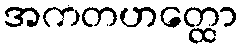
အကတဟတ္ထော